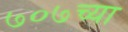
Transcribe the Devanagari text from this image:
७०७च्या